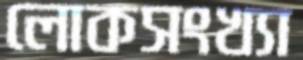
লোকসংখ্যা